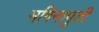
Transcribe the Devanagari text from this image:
मगिनापुडी